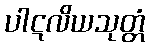
ပါဋလိယသုတ္တံ